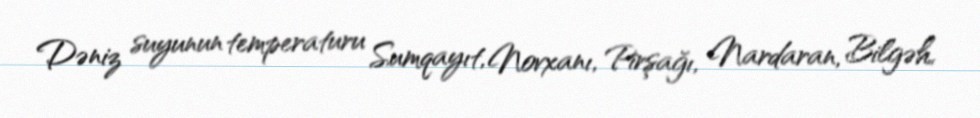
Dəniz suyunun temperaturu Sumqayıt, Novxanı, Pirşağı, Nardaran, Bilgəh,